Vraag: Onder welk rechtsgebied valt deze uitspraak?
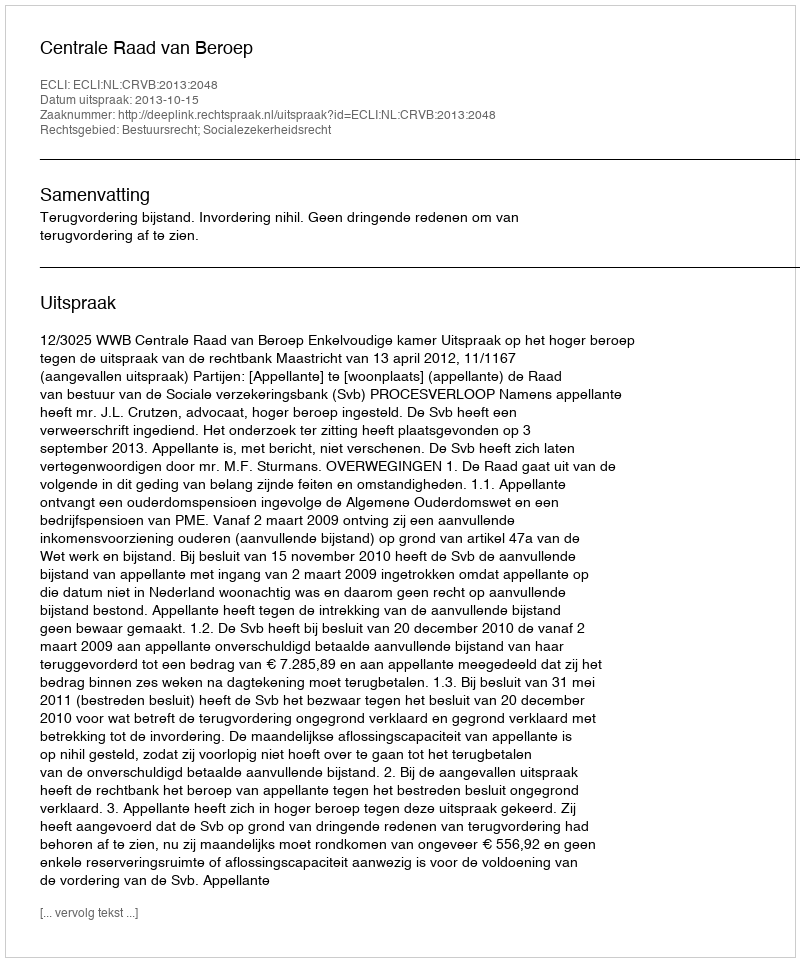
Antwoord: Bestuursrecht; Socialezekerheidsrecht